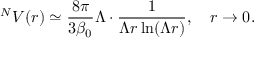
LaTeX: ^ N V ( r ) \simeq \frac { 8 \pi } { 3 \beta _ { 0 } } \Lambda \cdot \frac { 1 } { \Lambda r \ln ( \Lambda r ) } , \quad r \to 0 .